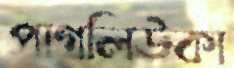
পাগলিউকা